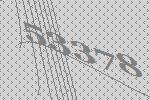
53378